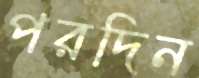
পরদিন